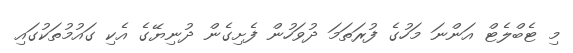
މި ޓެބްލެޓް އަންނަ މަހުގެ ފުރަތަމަ ދުވަހުން ފެށިގެން ދުނިޔޭގެ އެކި ގައުމުތަކުގައި